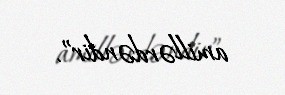
amillərdəndir”.